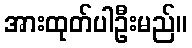
အားထုတ်ပါဦးမည်။